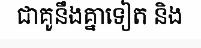
ជាគូនឹងគ្នាទៀត និង